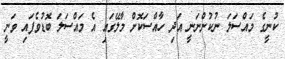
ކުނީގެ މައްސަލަ ނުކުންނަނީ އަދި ހާއްސަކޮށް މާލޭގައި އެ މައްސަލަ ބޮޑުވެފައި ވަނީ